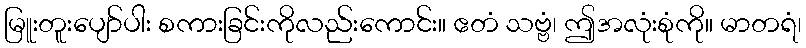
မြူးတူးပျော်ပါး စကားခြင်းကိုလည်းကောင်း။ ဧတံ သဗ္ဗံ၊ ဤအလုံးစုံကို။ မာတရံ၊